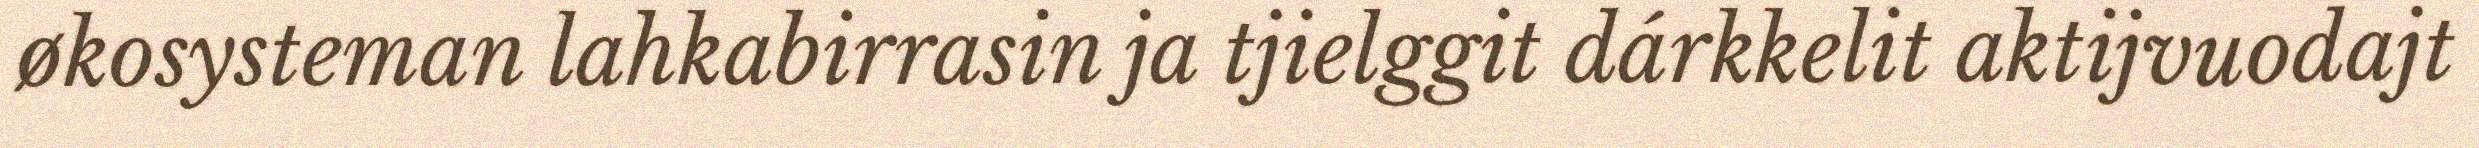
økosysteman lahkabirrasin ja tjielggit dárkkelit aktijvuodajt